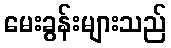
မေးခွန်းများသည်